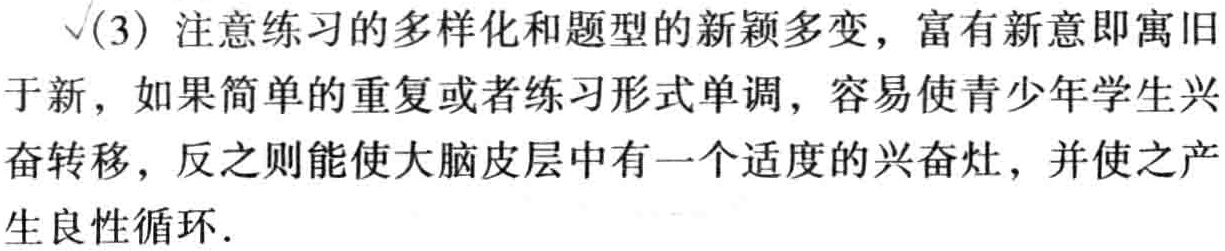
(3) 注意练习的多样化和题型的新颖多变，富有新意即寓旧于新，如果简单的重复或者练习形式单调，容易使青少年学生兴奋转移，反之则能使大脑皮层中有一个适度的兴奋灶，并使之产生良性循环.